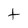
Character: t